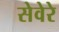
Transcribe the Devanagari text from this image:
सेवेरे